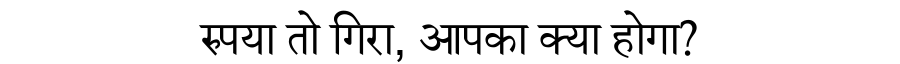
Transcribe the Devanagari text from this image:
रुपया तो गिरा, आपका क्या होगा?